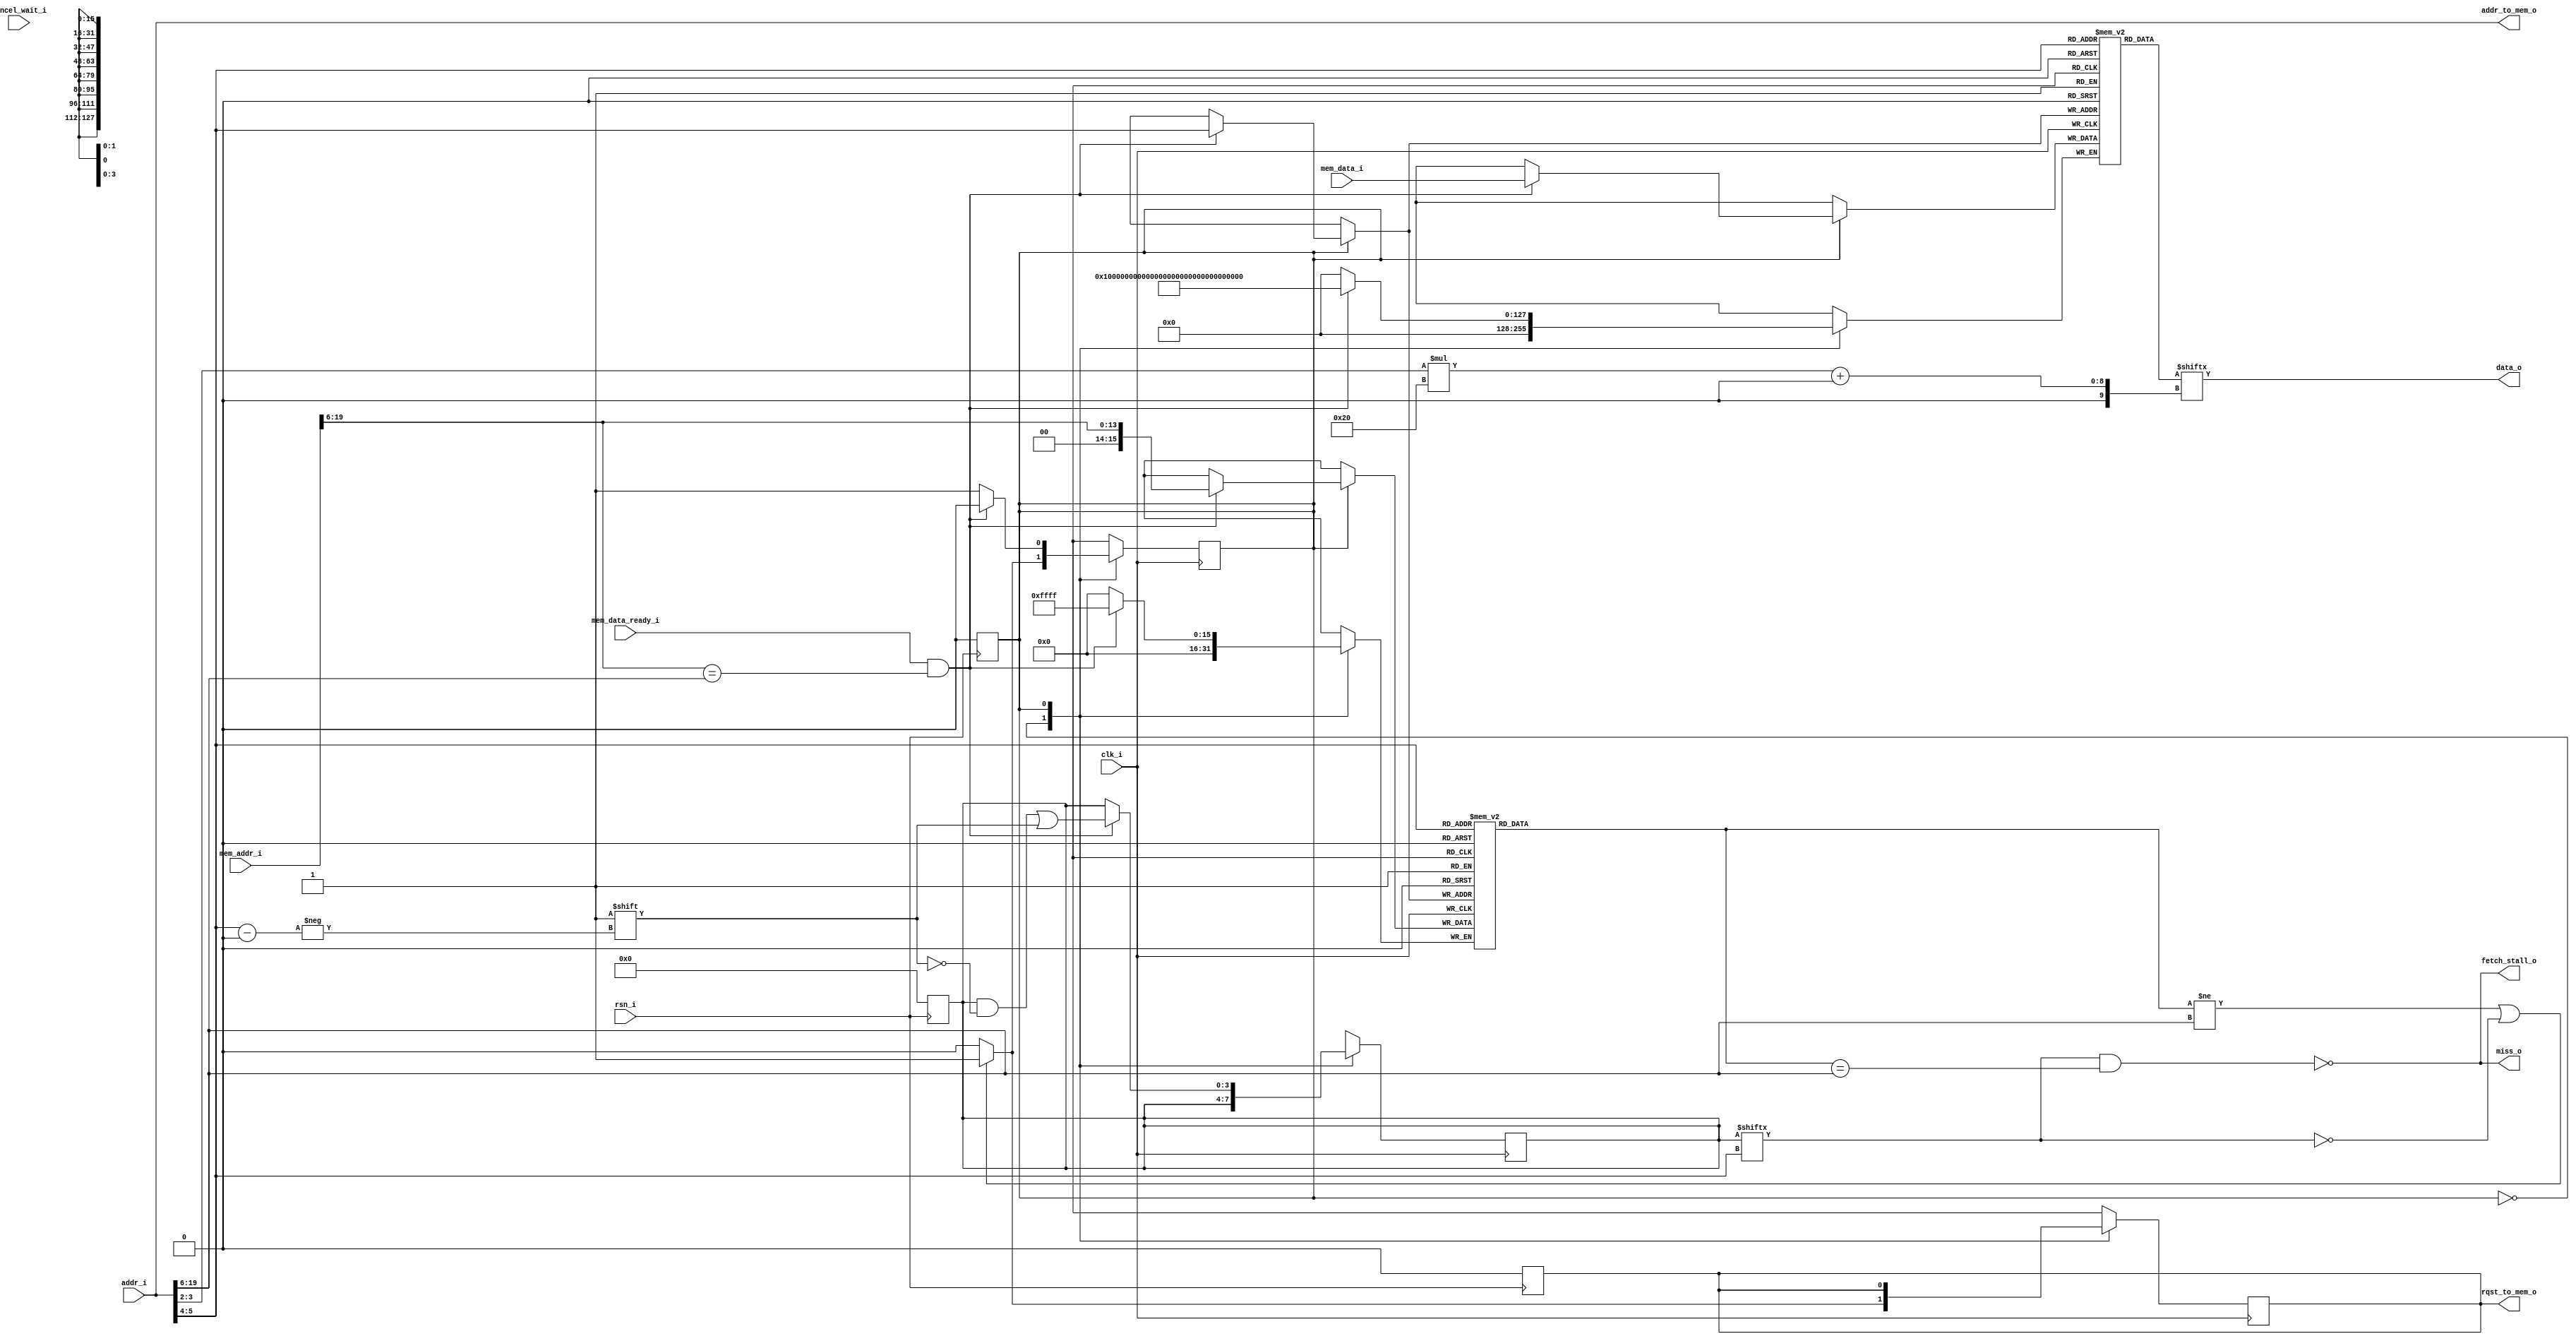
// Instruction cache
// Direct mapping
//4 lines 128bits

module instruction_cache(
    input       clk_i,
    input       rsn_i,
    input   [19:0]  addr_i,
    input       mem_data_ready_i,
    input   [127:0] mem_data_i,
    input   [19:0]  mem_addr_i,
    input       cancel_wait_i,

    output  [31:0]  data_o,
    output      rqst_to_mem_o,
    output  [19:0]  addr_to_mem_o,
    output      miss_o,
    output	fetch_stall_o
);

reg [127:0] data_array [3:0];
reg [15:0]  tags_array [3:0];
reg [3:0]   valid_bit;

reg fetch_stall;
reg rqst_to_mem;

wire [127:0] cache_line;

reg state;
localparam IDLE_STATE = 0;
localparam WAIT_STATE = 1;

wire [1:0]  addr_word;
wire [1:0]  addr_idx;
wire [14:0] addr_tag;
assign addr_word = addr_i[3:2];
assign addr_tag = addr_i[19:6]; 
assign addr_idx = addr_i[5:4];

assign addr_to_mem_o = addr_i;
assign rqst_to_mem_o = rqst_to_mem;

assign cache_line = data_array[addr_idx];
assign miss_o = ~(valid_bit[addr_idx] && tags_array[addr_idx] == addr_tag);
assign data_o = cache_line[addr_word*32 +: 32];
assign fetch_stall_o = ~(valid_bit[addr_idx] && tags_array[addr_idx] == addr_tag);

always @(posedge clk_i)
begin
    case(state)
        IDLE_STATE: begin
            rqst_to_mem = 0;
            if ((tags_array[addr_idx] != addr_tag) || ~valid_bit[addr_idx]) begin
                rqst_to_mem = 1'b1;
                state = WAIT_STATE;
                fetch_stall = 1'b1;
            end
        end
        WAIT_STATE: begin
            if(mem_data_ready_i && mem_addr_i[19:6] == addr_tag) begin
                data_array[addr_idx] = mem_data_i;
                tags_array[addr_idx] = mem_addr_i[19:6];
                valid_bit[addr_idx] = 1;
                state = IDLE_STATE;
                fetch_stall = 1'b0;
            end
        end
    endcase
end


always @(posedge rsn_i)
begin
    valid_bit = 0;
    state = IDLE_STATE;
    rqst_to_mem = 0;
    fetch_stall = 1'b1;
end
endmodule